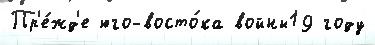
Пр'е́жд'е юго-восто́ка войны19 году